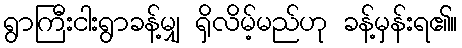
ရွာကြီးငါးရွာခန့်မျှ ရှိလိမ့်မည်ဟု ခန့်မှန်းရ၏။